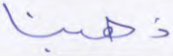
ذهبنا